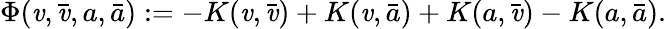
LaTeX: \Phi(\mathit{v},\bar{{\mathit{v}}},a,\bar{{a}}):=-K(\mathit{v},\bar{{\mathit{v}}})+K(\mathit{v},\bar{{a}})+K(a,\bar{{\mathit{v}}})-K(a,\bar{{a}}).